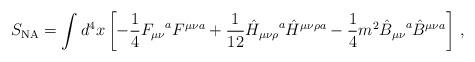
LaTeX: \begin{align*}S_{\rm NA}= \int d^{4}x \left[ -{1\over4} {F_{\mu\nu}}^{a} F^{\mu\nu a} +{1\over12} \hat{H}_{\mu\nu\rho}\raisebox{0.98ex}{\mbox{\scriptsize{$a$}}}\hat{H}^{\mu\nu\rho a} -{1\over4}m^{2}\hat{B}_{\mu\nu}\raisebox{0.98ex}{\mbox{\scriptsize{$a$}}}\hat{B}^{\mu\nu a} \right] \,, \end{align*}